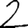
Digit: 2